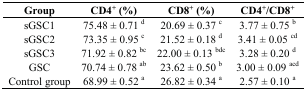
| Group | CD4+ (%) | CD8+ (%) | CD4+/CD8+ |
 | --- | --- | --- | --- |
 | sGSC1 | 75.48 ± 0.71 d | 20.69 ± 0.37 c | 3.77 ± 0.75 b |
 | sGSC2 | 73.35 ± 0.95 c | 21.52 ± 0.18 d | 3.41 ± 0.05 cd |
 | sGSC3 | 71.92 ± 0.82 bc | 22.00 ± 0.13 bdc | 3.28 ± 0.20 d |
 | GSC | 70.74 ± 0.78 ab | 23.62 ± 0.50 b | 3.00 ± 0.09 acd |
 | Control group | 68.99 ± 0.52 a | 26.82 ± 0.34 a | 2.57 ± 0.10 a |